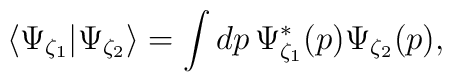
\langle \Psi_{\zeta_1}|\Psi_{\zeta_2} \rangle=\int dp\,\Psi_{\zeta_1}^*(p)\Psi_{\zeta_2}(p),